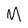
Character: M